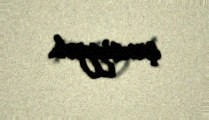
şəxsiyyət.